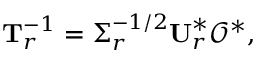
\mathbf { T } _ { r } ^ { - 1 } = \boldsymbol { \Sigma } _ { r } ^ { - 1 / 2 } \mathbf { U } _ { r } ^ { * } \mathscr { O } ^ { * } ,